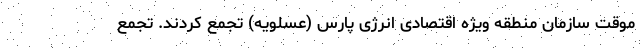
موقت سازمان منطقه ویژه اقتصادی انرژی پارس (عسلویه) تجمع کردند. تجمع